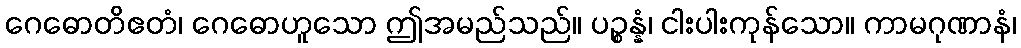
ဂေဓောတိဧတံ၊ ဂေဓောဟူသော ဤအမည်သည်။ ပဉ္စန္နံ၊ ငါးပါးကုန်သော။ ကာမဂုဏာနံ၊